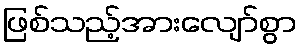
ဖြစ်သည့်အားလျော်စွာ